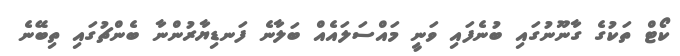
ކޯޓް ތަކުގެ ގާނޫނުގައި ބުނެފައި ވަނީ މައްސަލައެއް ބަލާނެ ފަނޑިޔާރުންނާ ބެންޗުގައި ތިބޭނެ